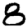
Digit: 8